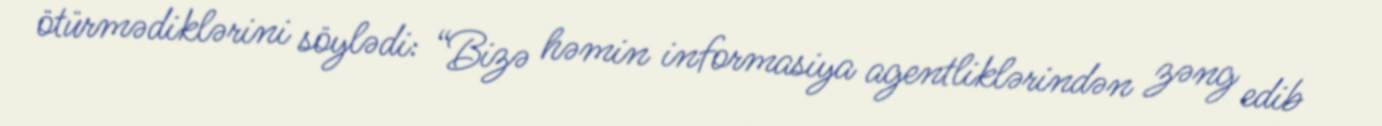
ötürmədiklərini söylədi: “Bizə həmin informasiya agentliklərindən zəng edib